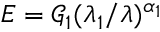
E = \mathcal { G } _ { 1 } ( \lambda _ { 1 } / \lambda ) ^ { \alpha _ { 1 } }